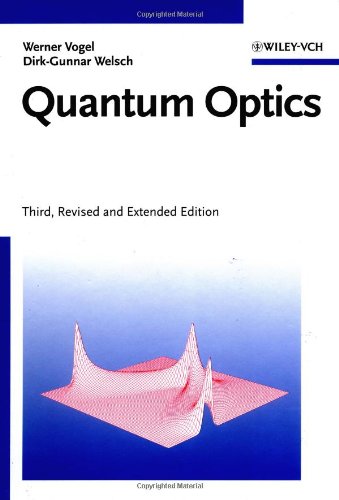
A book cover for Quantum Optics; Werner  Vogel; Science & Math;